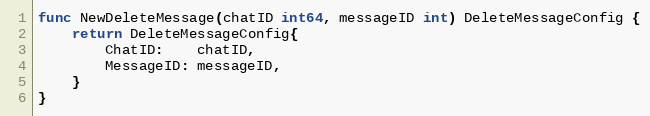
Language: Go
func NewDeleteMessage(chatID int64, messageID int) DeleteMessageConfig {
	return DeleteMessageConfig{
		ChatID:    chatID,
		MessageID: messageID,
	}
}